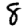
Digit: 8